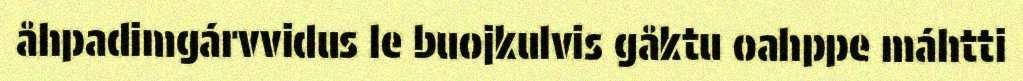
åhpadimgárvvidus le buojkulvis gåktu oahppe máhtti